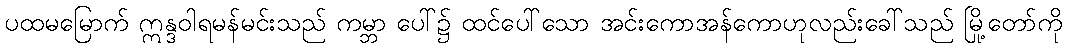
ပထမမြောက် ဣန္ဒဝါရမန်မင်းသည် ကမ္ဘာ ပေါ်၌ ထင်ပေါ်သော အင်းကောအန်ကောဟုလည်းခေါ်သည် မြို့တော်ကို